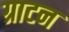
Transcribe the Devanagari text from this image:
ग्राटन